Vital statistics of India. Vol. IV, Annual returns from 1871 to 1876. British Army of India, Native Army and jails of Bengal
Year: 1871
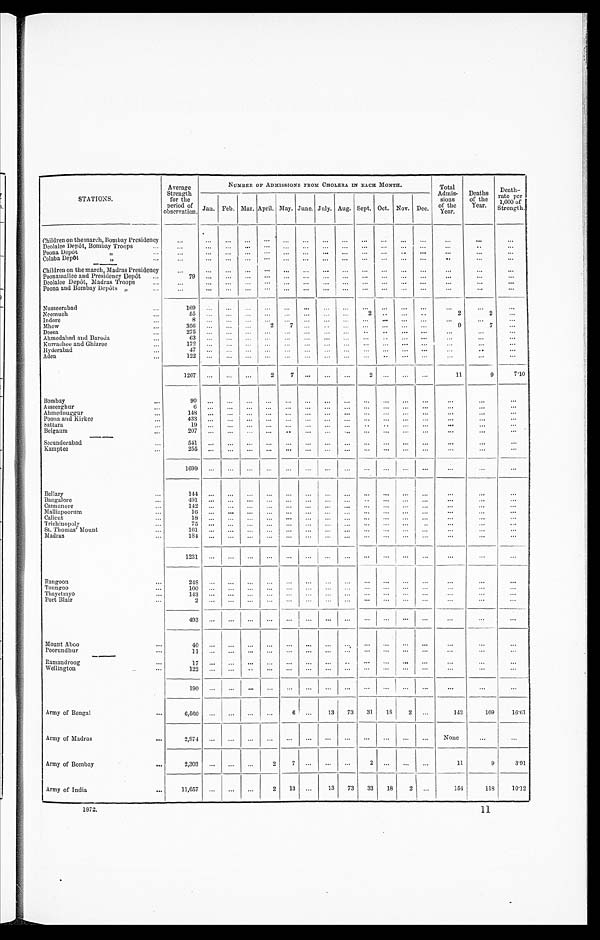
STATIONS.
Average
Strength
for the
period of
observation.
NUMBER OF ADMISSIONS FROM CHOLERA. IN EACH MONTH.
Total
Admis-
sions
of the
Year.
Deaths
of the
Year'
Death-
rate per
1,000 of 1
Strength.
Jan. Feb. Mar. April. May. June. July. Aug. Sept. Oct. Nov. Dec.
Children on the march, Bombay Presidency
. .
. .
. . .
. . .
...
...
...
...
...
...
...
...
...
. . .
. . .
...
Deolalee Depôt,Bombay Troops
...
. . .
. . .
. . . . . .
. . .
. . .
. . . ...
...
...
. . . ...
. . .
...
. . . ...
Poona Depôt
,,
. . .
. . .
. . .
. . .
. . .
. . .
. . .
. . .
. . .
. . .
. . .
. . .
. . .
. . . ...
. . .
Colaba Depôt
,, ...
. . .
. . . . . .
. . .
. . . ...
. . .
. . .
. . .
... ...
...
...
. . .
. . .
. . .
Children on the march, Madras Presidency
. . .
...
...
...
. . . ...
...
... ...
. . . ...
...
. . .
. . .
. . .
. . .
Poonamallee and Presidency Depot ...
79
. . .
. . .
. . . ... ...
. . .
. . .
. . . ...
. . .
. . .
. . .
. . .
. . . ...
Deolalee Depot, Madras Troops
. . .
. . .
. . . ... ...
...
...
...
...
...
...
...
...
. . . ...
. . .
Poona and Bombay Depots „
...
. . .
. . .
. . .
. . .
. . . ...
...
...
...
...
...
. . .
. . .
. . .
. . .
. . .
Nusseerabad
169
. . . ...
...
...
...
...
...
...
...
...
...
...
...
. . .
. . .
...
Neemuch
55
. . . ...
. . . ... ...
...
...
... 2
...
. . .
. . .
2
2
...
Indore
...
8
. .
. . .
. . . ... ...
. . . ...
...
...
...
...
...
. . .
. . .
. . .
Mhow
...
356
. . . ...
...
2 7
. . . ...
. . . ... ...
. . . ...
9
7
...
Deesa
275 ...
. . .
. . . ... ...
...
...
...
..
..
...
...
...
...
...
Ahmedabad and Baroda. .
63 ...
. . . ...
...
...
...
...
...
...
..
...
...
...
...
. . .
Kurrachee and Ghizree
...
172
. . . ...
. . . ...
...
...
...
. . . ...
...
...
...
. . .
...
...
Hyderabad
...
47
. . .
. . .
. . . ... ...
...
...
. . .
. . . ...
. . .
. . .
. . .
. . . ...
Aden
...
1 2 2
. . .
. . .
. . . ... ...
. . . ...
. . . ... ...
. . .
. . .
... ...
...
1267
. . .
. . .
. . .
2 7
. . . ...
. . .
2 ...
...
. . .
11
9
7.10
Bombay
...
9 0
...
...
...
..,
...
...
...
...
A sseerghur
"
6 ...
...
...
...
...
... ...
...
...
...
...
...
...
...
...
Alnnednuggur
...
148
. . .
. . .
. . . ... ...
. . . ...
... ...
. . .
. . .
. . .
...
...
...
Poona and Kirkee
...
4 3 3
. . .
. . .
. . . ... ...
...
...
...
...
...
...
...
...
...
...
Sattara
19
. . .
. . .
. . . ...
...
. . . ...
...
...
...
. . .
. . .
...
...
...
Belgaum
...
207 ...
...
. . . ...
. . . ...
...
. . . ...
...
. . .
. . .
. . .
...
...
Secunderabad
...
541 ...
...
. . . ...
. . .
. . .
. . .
. . .
. . .
. . .
. . .
. . .
...
...
...
Kamptee
255
. . .
. . .
. . . ... ...
. . . ...
. . . ... ...
. . .
. . .
. . .
. . .
. . .
1 6 9 9
. . .
. . .
. . . ... ...
. . . ...
. . . ...
. . . ...
...
...
...
...
Bellary
...
1 4 4
. . .
. . .
. . . ... ...
. . . ...
. . . ...
. . .
. . .
. . .
. . .
. . .
. . .
Bangalore
...
491 ...
...
... ...
...
... ...
... ...
. . .
. . .
. . .
. . . ...
. . .
Cannanore
...
1 4 2
. . .
. . .
. . . ...
. . .
. . .
. . .
...
. . .
. . .
. . .
. . .
. . .
. . .
...
Malliapoorum
...
1 6
. . .
. . .
. . . ... ...
. . . ...
. . . ...
...
...
...
. . .
. . .
. . .
Calicut
...
18
. . .
. . .
. . . ...
...
...
...
...
...
...
. . . ...
. . .
. . .
. . .
Trichinopoly
75
. . .
. . .
. . . ...
...
... ...
...
...
. . .
. . .
..
. . .
. . . ...
St. Thomas' Mount
...
161
. . . ...
...
...
...
... ...
. . . ... ...
. . .
. . .
. . .
. . .
. . .
Madras
...
184
. . .
. . .
. . . ... ...
. . . ...
. . . ... ...
. . .
. . .
...
. . .
...
1231 ...
. . .
. . . ...
...
...
...
. . . ...
...
...
...
...
...
. . .
Rangoon
...
248
. . .
. . .
...
...
...
...
...
. . . ...
. . . . . .
. . .
. . .
. . .
. . .
Toungoo
100
. . .
. . .
. . . ... ...
. . . ...
. . .
. . .
. . . ...
...
. . .
. . . ...
Thayetmyo
...
143
. . . ...
. . .
. . .
. . .
. . .
. . .
. . .
. . .
. . . . . .
. . .
. . .
. . .
. . .
Port Blair
2
. . .
. . . ... ...
. . .
. . .
. . .
. . .
. . .
. . .
. . .
. . .
. . .
. . .
. . .
4 9 3
. . .
. . .
. . . ... ...
. . . ...
. . . ... ...
. . .
. . .
...
. . .
. . .
Mount Aboo
..
40
. . .
. . .
. . . ... ...
. . . ...
. . . ... ...
. . .
. . .
...
...
...
Poorundhur
...
11
. . .
. . .
. . . ... ...
. . . ...
. . . ... ...
. . .
. . .
. . .
. . .
. . .
Ramandroog
...
17 ...
. . .
. . .
. . .
. . .
. . .
. . .
. . . ... ...
. . .
. . .
. . .
. . .
...
Wellington
...
122
. . .
. . .
. . . ... ...
. . . ...
. . .
... ...
. . .
. . .
. . .
. . . ...
1 9 0
. . .
. . .
. . . ... ...
. . . ...
. . . ... ...
. . .
. . . ...
. . .
. . .
Army of Bengal
...
6,560 ...
...
...
. . .
6 ...
13
73
31
1 8
2
. . .
143
109
16.61
Army of Madras
...
2 , 9 7 4
. . .
. . .
. . . ...
. . .
. . .
. . .
. . .
. . .
. . .
. . .
. . . None
...
...
Army of Bombay
. . .
2,303
. . . . . .
. . .
2
7
. . .
. . .
. . . 2
. . .
. . .
. . .
11
9
3.91
Army of India
...
11,657 ...
...
...
2
13
. . .
13
73
33
18
2
. . .
154
118
10.12
1872.
11